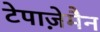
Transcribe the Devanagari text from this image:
टेपाज़ेमैन